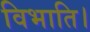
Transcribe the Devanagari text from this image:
विभाति।